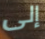
إلى